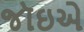
જૉઇએ